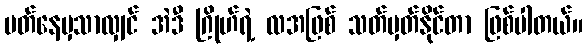
ပတ်နေမှသာလျှင် အဲဒီ ဂြိုဟ်ရဲ့ လအဖြစ် သတ်မှတ်နိုင်တာ ဖြစ်ပါတယ်။